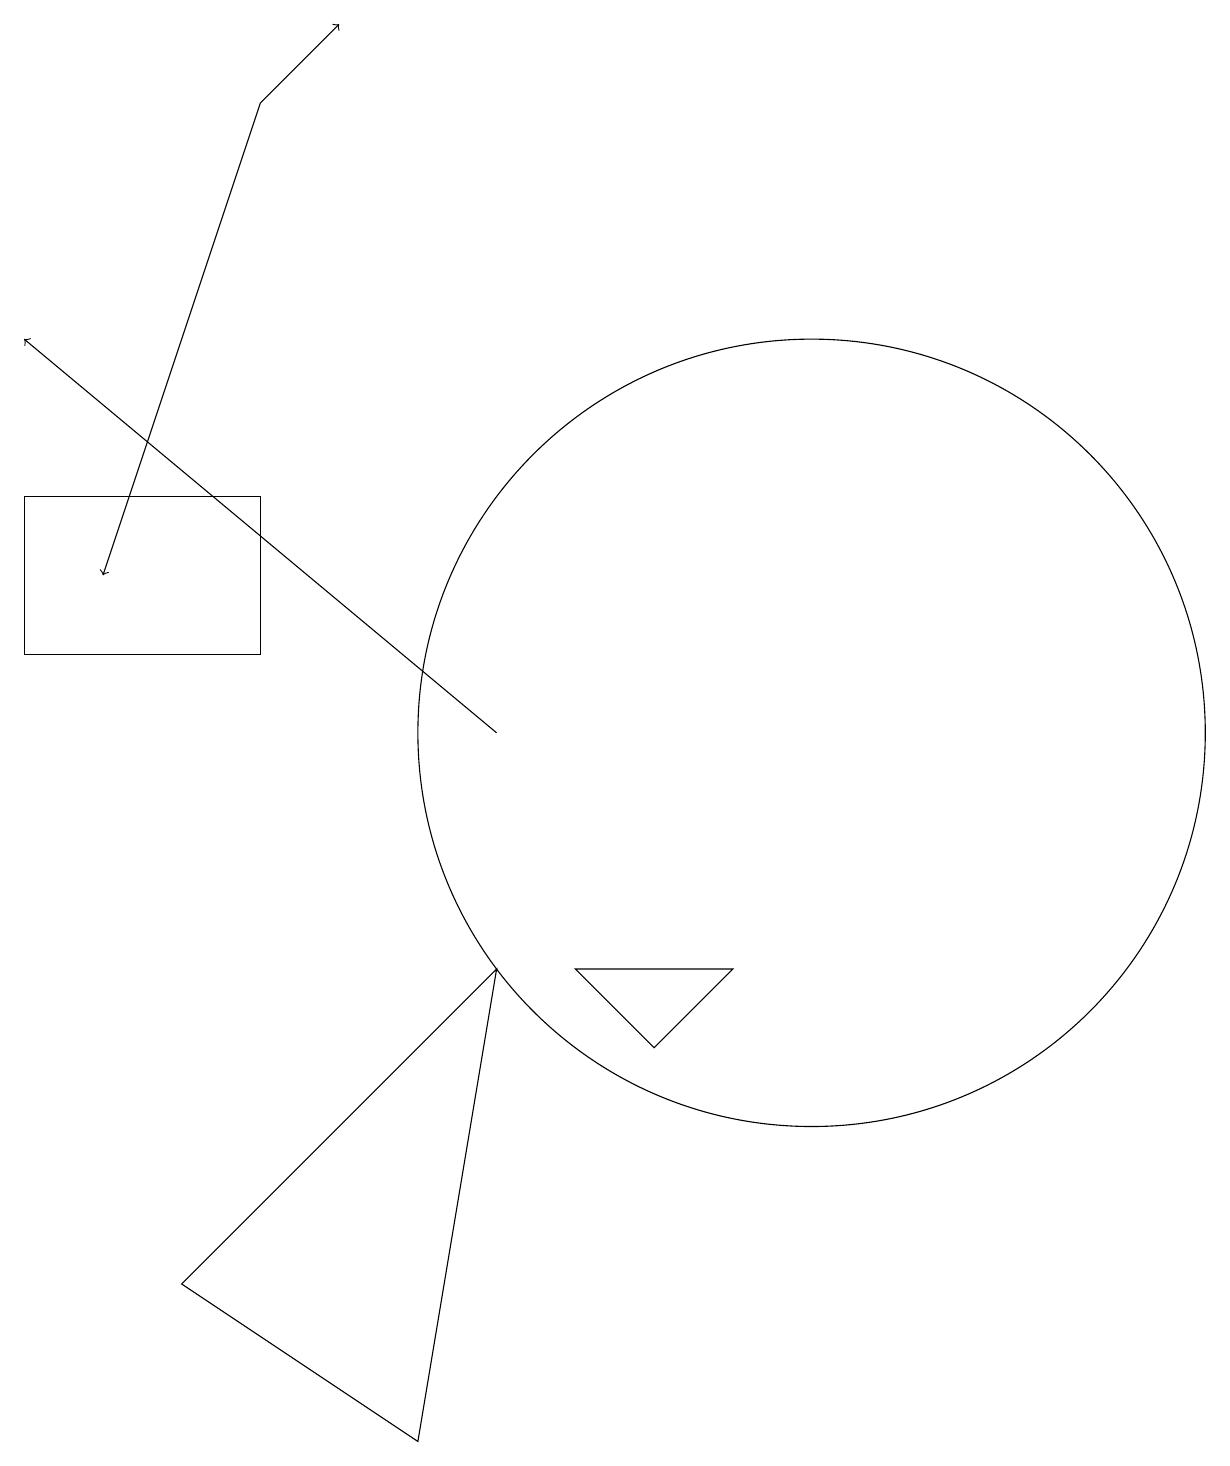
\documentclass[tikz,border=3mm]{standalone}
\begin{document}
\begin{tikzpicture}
\draw (0,11) rectangle (3,13);
\draw (8,6) -- (9,7) -- (7,7) -- cycle;
\draw (10,10) circle (5);
\draw (10,11) circle (0);
\draw[->] (3,18) -- (4,19);
\draw[->] (3,18) -- (1,12);
\draw[->] (6,10) -- (0,15);
\draw (5,1) -- (2,3) -- (6,7) -- cycle;
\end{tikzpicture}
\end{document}